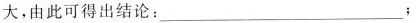
大，由此可得出结论：___；